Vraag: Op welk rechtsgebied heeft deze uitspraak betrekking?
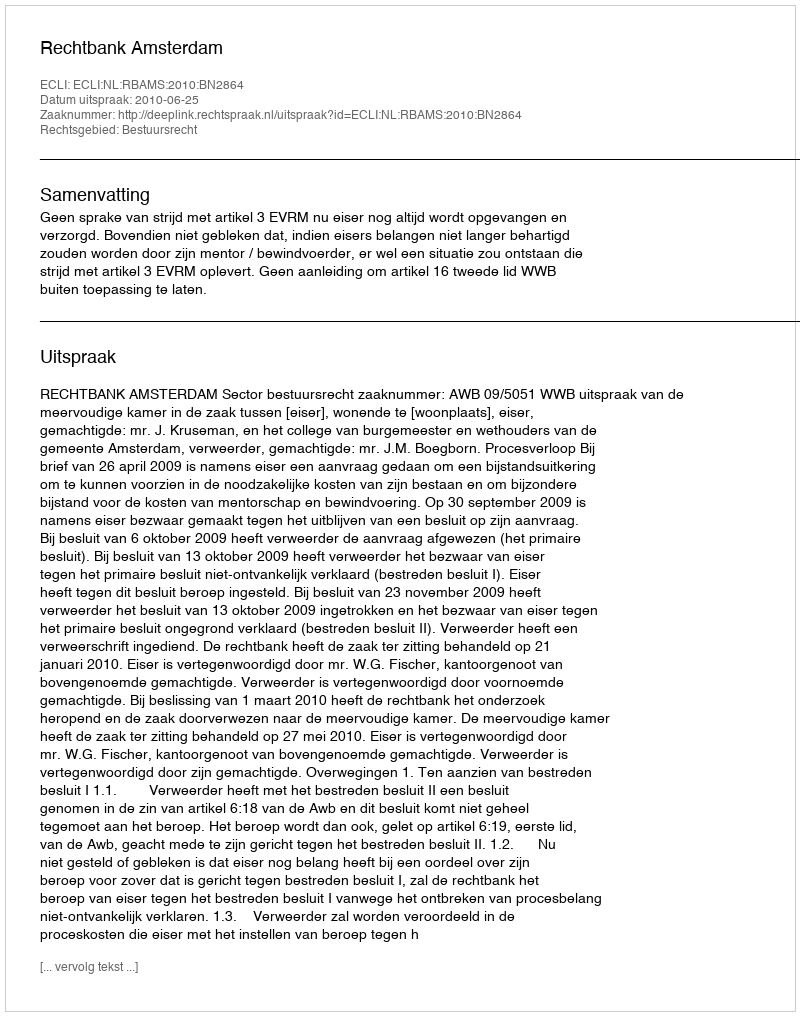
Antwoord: Bestuursrecht